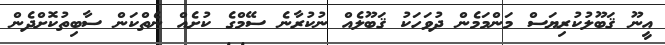
އީނޫ ޤަބޫލުކުރިޔަސް މަންމަމެން ދުވަހަކު ޤަބޫލެއް ނުކުރާނެ ސޭމްގެ ކުށެއް ނެތްކަން ސާބިތުކޮށްދެން